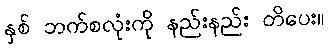
နှစ် ဘက်စလုံးကို နည်းနည်း တိပေး။